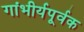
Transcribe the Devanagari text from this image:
गांभीर्यपूर्वक